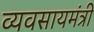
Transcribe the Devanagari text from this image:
व्यवसायमंत्री